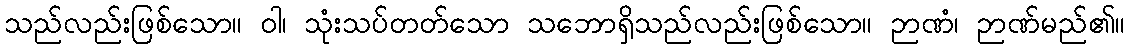
သည်လည်းဖြစ်သော။ ဝါ၊ သုံးသပ်တတ်သော သဘောရှိသည်လည်းဖြစ်သော။ ဉာဏံ၊ ဉာဏ်မည်၏။